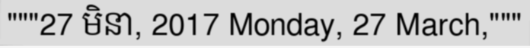
"""27 មិនា, 2017 Monday, 27 March,"""